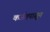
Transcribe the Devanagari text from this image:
कर्जतपासून